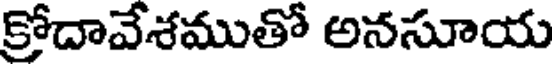
క్రోదావేశముతో అనసూయ